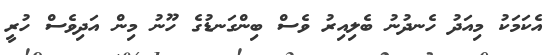
އެކަމަކު މިއަދު ހެނދުނު ބެލިއިރު ވެސް ބިންގަނޑުގެ ހޫނު މިން އަދިވެސް ހުރީ